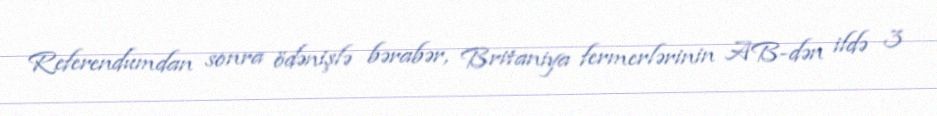
Referendumdan sonra ödənişlə bərabər, Britaniya fermerlərinin AB-dən ildə 3